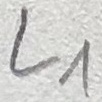
Text: L1